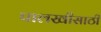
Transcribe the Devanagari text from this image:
पालखीसाठी